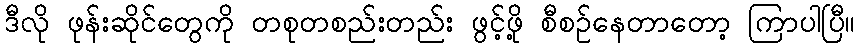
ဒီလို ဖုန်းဆိုင်တွေကို တစုတစည်းတည်း ဖွင့်ဖို့ စီစဉ်နေတာတော့ ကြာပါပြီ။